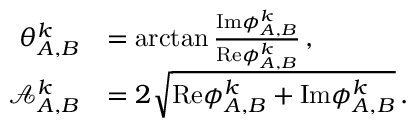
\begin{array} { r l } { \theta _ { A , B } ^ { k } } & { = \arctan \frac { \mathrm { I m } { \phi } _ { A , B } ^ { k } } { \mathrm { R e } { \phi } _ { A , B } ^ { k } } \, , } \\ { \mathcal { A } _ { A , B } ^ { k } } & { = 2 \sqrt { \mathrm { R e } { \phi } _ { A , B } ^ { k } + \mathrm { I m } { \phi } _ { A , B } ^ { k } } \, . } \end{array}